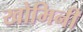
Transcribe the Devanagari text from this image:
खोमिनी